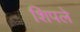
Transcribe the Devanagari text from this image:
शिपले